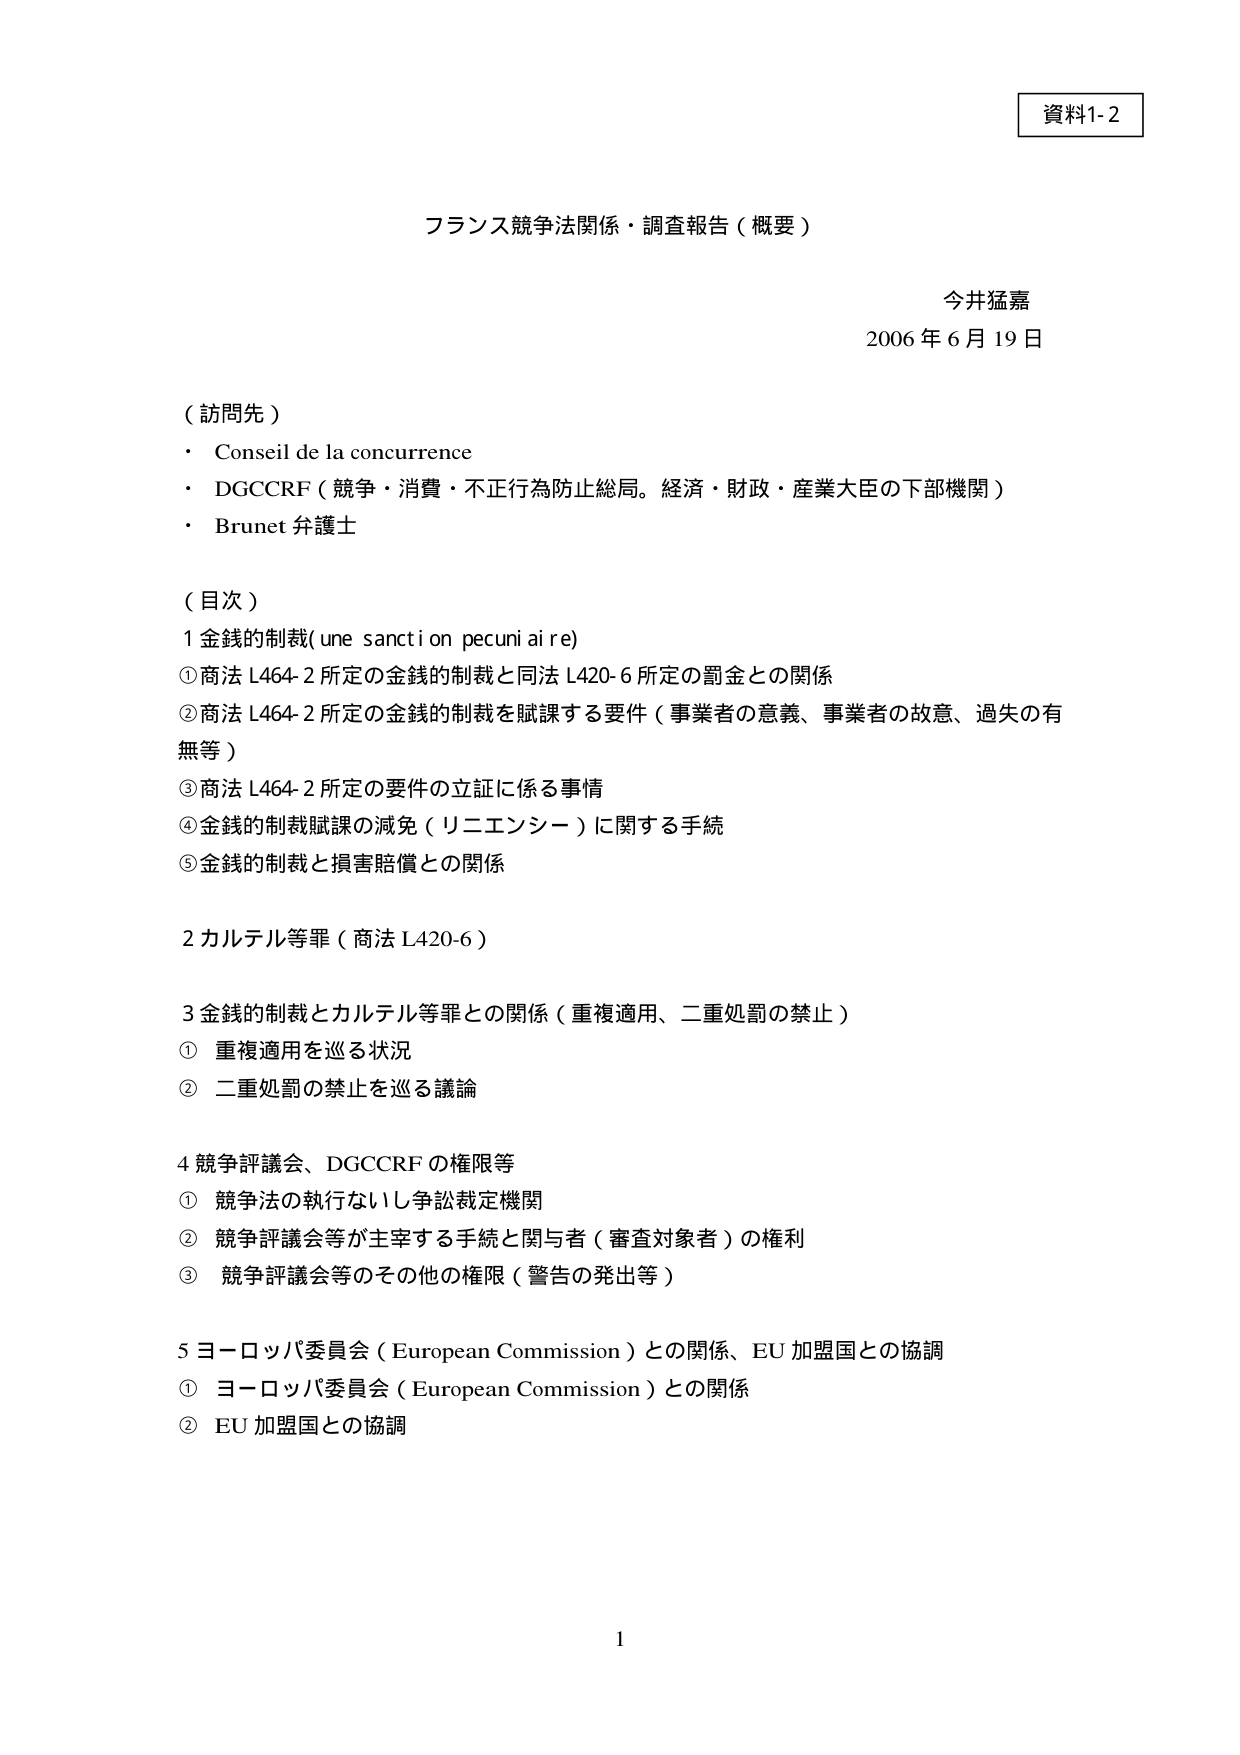
資料1-2

フランス競争法関係・調査報告（概要）

今井猛嘉
2006年6月19日

（訪問先）
・ Conseil de la concurrence
・ DGCCRF（競争・消費・不正行為防止総局。経済・財政・産業大臣の下部機関）
・ Brunet 弁護士

（目次）
1 金銭的制裁（une sanction pecuniaire）
① 商法 L464-2 所定の金銭的制裁と同法 L420-6 所定の罰金との関係
② 商法 L464-2 所定の金銭的制裁を賦課する要件（事業者の意義、事業者の故意、過失の有無等）
③ 商法 L464-2 所定の要件の立証に係る事情
④ 金銭的制裁賦課の減免（リニエンシー）に関する手続
⑤ 金銭的制裁と損害賠償との関係

2 カルテル等罪（商法 L420-6）

3 金銭的制裁とカルテル等罪との関係（重複適用、二重処罰の禁止）
① 重複適用を巡る状況
② 二重処罰の禁止を巡る議論

4 競争評議会、DGCCRF の権限等
① 競争法の執行ないし争訟裁定機関
② 競争評議会等が主宰する手続に関与者（審査対象者）の権利
③ 競争評議会等のその他の権限（警告の発出等）

5 ヨーロッパ委員会（European Commission）との関係、EU 加盟国との協調
① ヨーロッパ委員会（European Commission）との関係
② EU 加盟国との協調

1